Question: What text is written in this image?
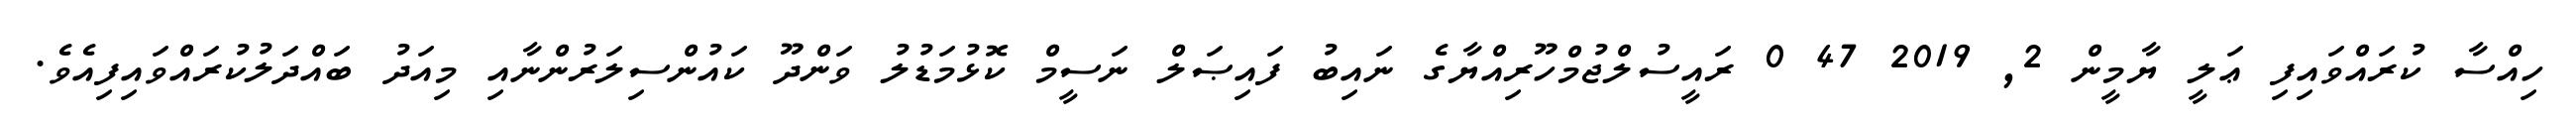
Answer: ހިއްސާ ކުރައްވައިފި ޢަލީ ޔާމީން 2, 2019 47 0 ރައީސުލްޖުމްހޫރިއްޔާގެ ނައިބު ފައިޞަލް ނަސީމް ކޮޅުމަޑުލު ވަންދޫ ކައުންސިލަރުންނާއި މިއަދު ބައްދަލުކުރައްވައިފިއެވެ.